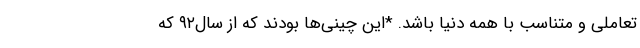
تعاملی و متناسب با همه دنیا باشد. *این چینی‌ها بودند که از سال۹۲ که